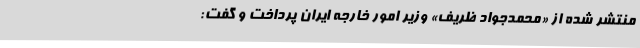
منتشر شده از «محمدجواد ظریف» وزیر امور خارجه ایران پرداخت و گفت: